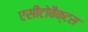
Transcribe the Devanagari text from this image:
एसीटोबैक्टस